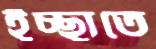
ইচ্ছাতে